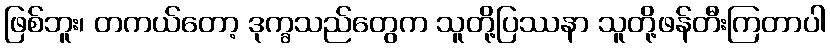
ဖြစ်ဘူး၊ တကယ်တော့ ဒုက္ခသည်တွေက သူတို့ပြဿနာ သူတို့ဖန်တီးကြတာပါ